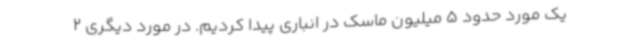
یک مورد حدود 5 میلیون ماسک در انباری پیدا کردیم. در مورد دیگری 2